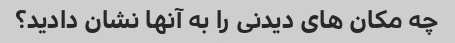
چه مکان های دیدنی را به آنها نشان دادید؟